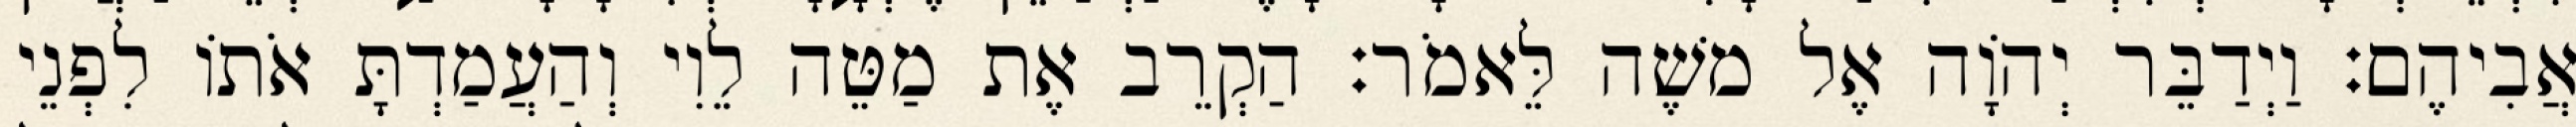
אֲבִיהֶם׃ וַיְדַבֵּר יְהוָֹה אֶל משֶׁה לֵּאמֹר׃ הַקְרֵב אֶת מַטֵּה לֵוִי וְהַעֲמַדְתָּ אֹתוֹ לִפְנֵי